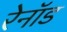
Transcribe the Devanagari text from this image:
रेनॉड